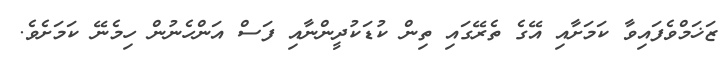
ޒަޚަމްވެފައިވާ ކަމަށާއި އޭގެ ތެރޭގައި ތިން ކުޑަކުދީންނާއި ފަސް އަންހެނުން ހިމެނޭ ކަމަށެވެ.